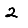
Digit: 2